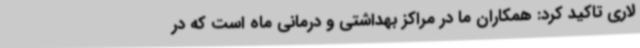
لاری تاکید کرد: همکاران ما در مراکز بهداشتی و درمانی ماه است که در